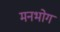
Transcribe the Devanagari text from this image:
मनभोग